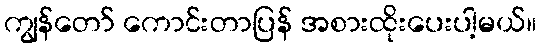
ကျွန်တော် ကောင်းတာပြန် အစားထိုးပေးပါ့မယ်။